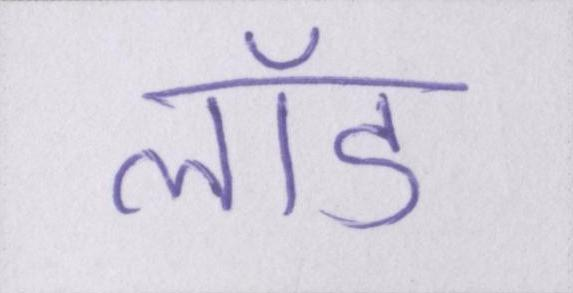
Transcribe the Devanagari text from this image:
लॉड